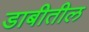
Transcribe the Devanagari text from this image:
डाबीतील